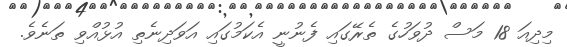
މިދިއަ 18 މަސް ދުވަހުގެ ތެރޭގައި ފެނުނީ އެކަމުގައި އަވަދިނެތި އުޅުއްވި ތަނެވެ.